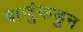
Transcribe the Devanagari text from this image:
बाजुंकडुन